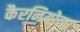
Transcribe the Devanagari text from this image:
कैरनियोला